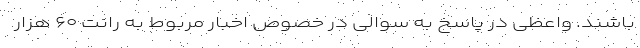
باشند. واعظی در پاسخ به سوالی در خصوص اخبار مربوط به رانت ۶۰ هزار